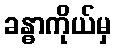
ခန္ဓာကိုယ်မှ